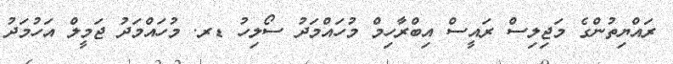
ރައްޔިތުންގެ މަޖިލިސް ރައީސް އިބްރާހިމް މުހައްމަދު ސޯލިހު ޑރ. މުހައްމަދު ޖަމީލް އަހުމަދު